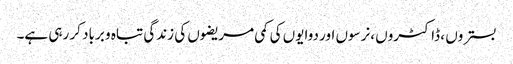
بستروں ، ڈاکٹروں ،نرسوں اور دوایوں کی کمی مریضوں کی زندگی تباہ و برباد کر رہی ہے۔